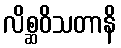
လိစ္ဆဝိသတာနိ